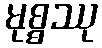
မုစ္စဿု